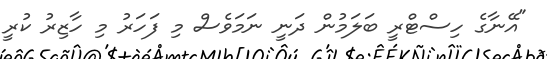
"އޭނާގެ ހިސްޓްރީ ބަލަމުން ދަނީ ނަމަވެސް މި ފަހަރު މި ހާޒިރު ކުރީ